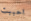
احببت